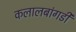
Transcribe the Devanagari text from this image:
कलालबांगडी